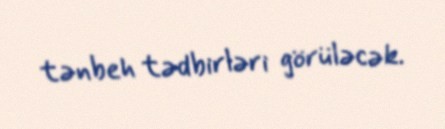
tənbeh tədbirləri görüləcək.